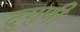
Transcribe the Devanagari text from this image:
दुगुणी